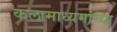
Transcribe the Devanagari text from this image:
कलामाध्यमांच्या